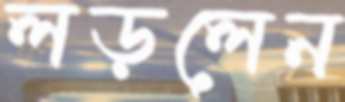
লড়লেন